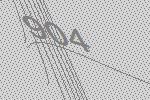
904